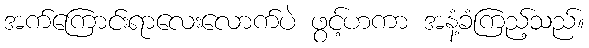
အက်ကြောင်းရာလေးလောက်ပဲ ဖွင့်ဟကာ အနံ့ခံကြည့်သည်။